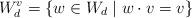
LaTeX: \begin{align*}W_d^v =\{w \in W_d \mid w\cdot v = v\}\end{align*}